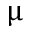
\upmu